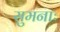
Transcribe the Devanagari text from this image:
सुमनाः